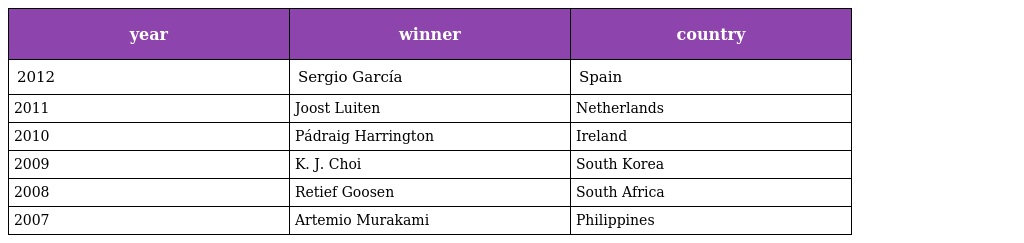
| year | winner | country |
 | --- | --- | --- |
 | 2012 | Sergio García | Spain |
 | 2011 | Joost Luiten | Netherlands |
 | 2010 | Pádraig Harrington | Ireland |
 | 2009 | K. J. Choi | South Korea |
 | 2008 | Retief Goosen | South Africa |
 | 2007 | Artemio Murakami | Philippines |